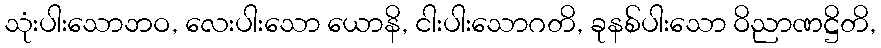
သုံးပါးသောဘဝ, လေးပါးသော ယောနိ, ငါးပါးသောဂတိ, ခုနစ်ပါးသော ဝိညာဏဋ္ဌိတိ,